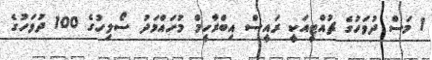
1 މަސް ދުވަހުގެ ޗުއްޓީއަކީ ރައީސް އިބްރާހީމް މުހައްމަދު ސޯލިހުގެ 100 ދުވަހުގެ